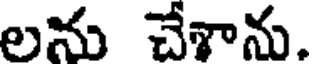
లను చేశాను.